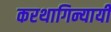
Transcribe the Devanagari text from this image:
करथागिन्यायी